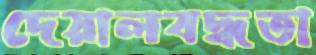
দেয়ালবদ্ধতা